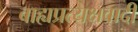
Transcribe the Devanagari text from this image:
बाह्यप्रत्यक्षवादी